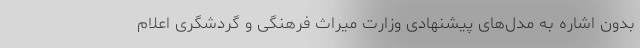
بدون اشاره به مدل‌های پیشنهادی وزارت میراث فرهنگی و گردشگری اعلام